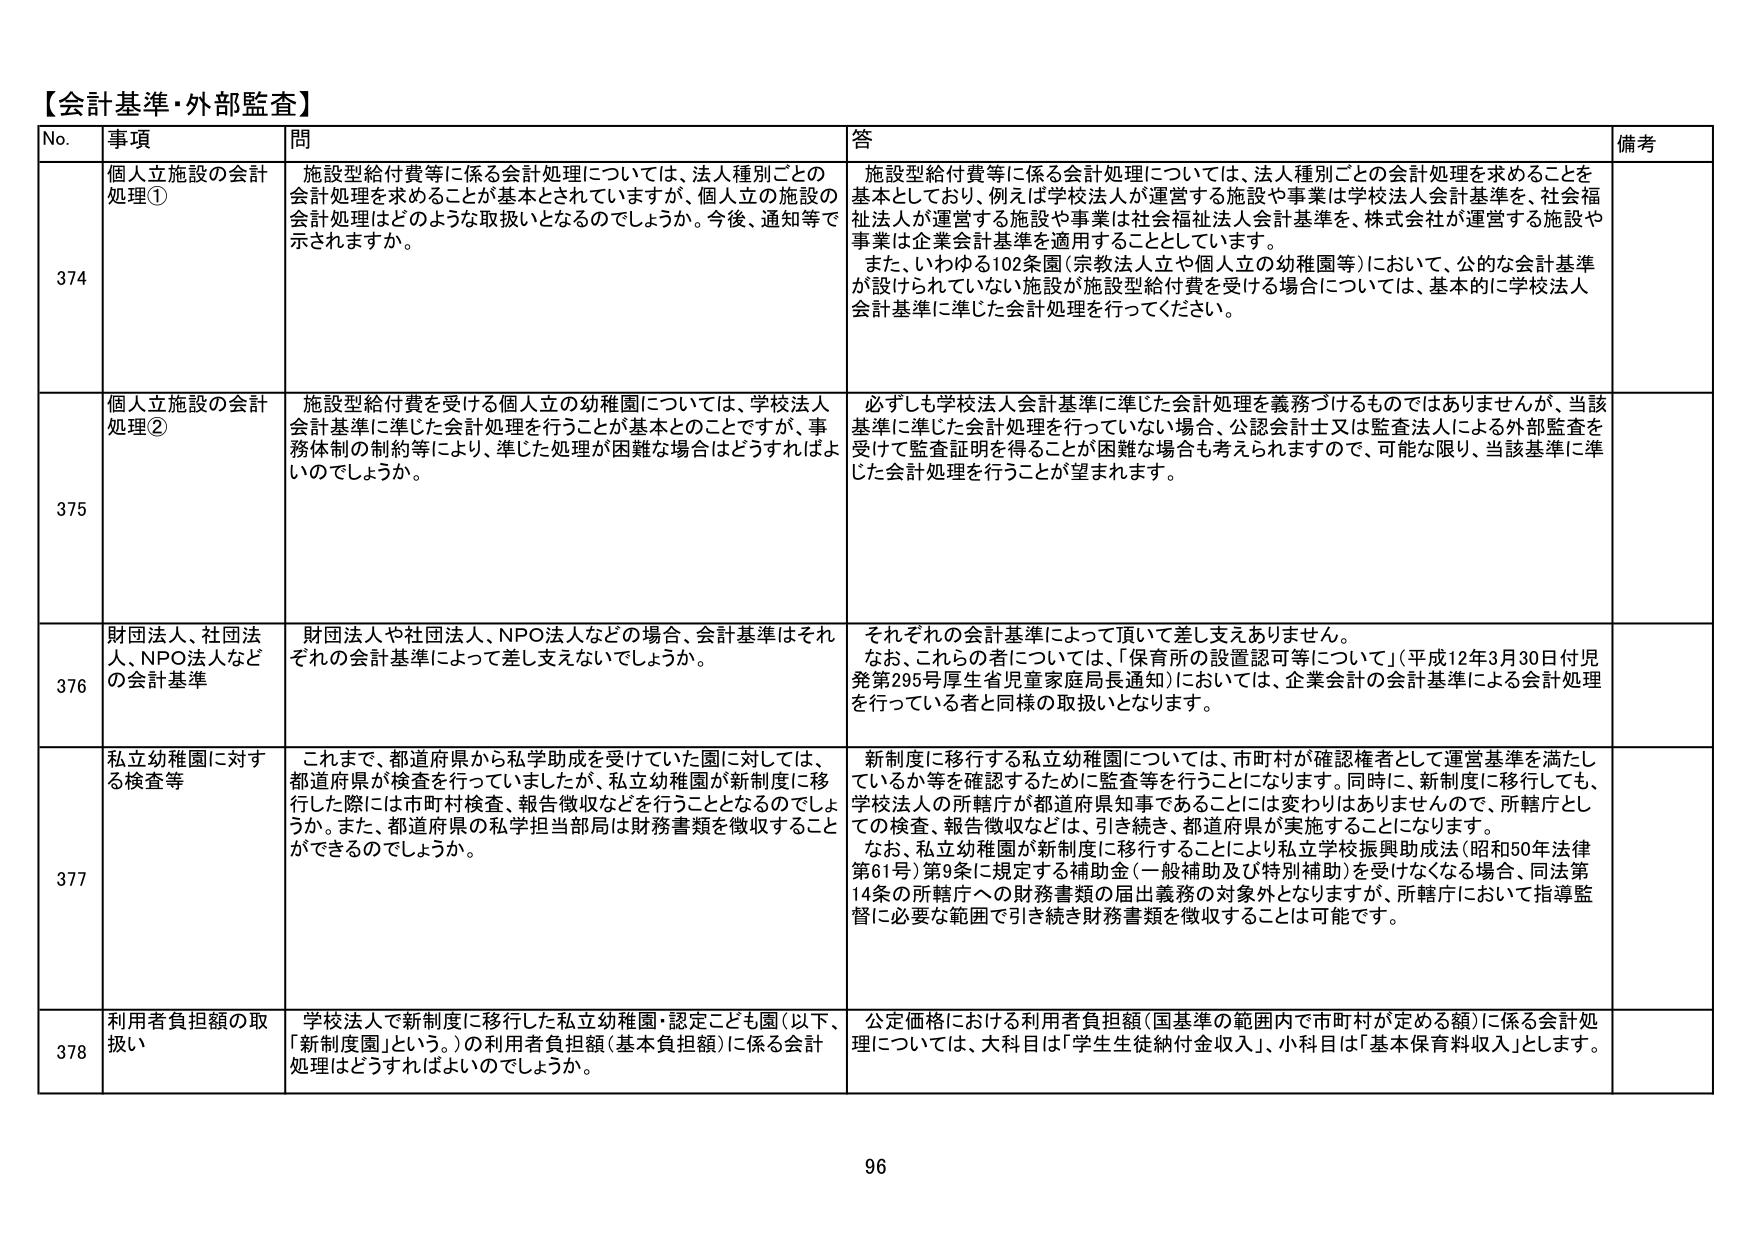
【会計基準・外部監査】

No. 事項 問 答 備考

374 個人立施設の会計処理① 施設型給付費等に係る会計処理については、法人種別ごとの会計処理を求めることが基本とされていますが、個人立の施設の会計処理はどのような取扱いとなるのでしょうか。今後、通知等で示されますか。 施設型給付費等に係る会計処理については、法人種別ごとの会計処理を求めることを基本としており、例えば学校法人が運営する施設や事業は学校法人会計基準を、社会福祉法人が運営する施設や事業は社会福祉法人会計基準を、株式会社が運営する施設や事業は企業会計基準を適用することとしています。 また、いわゆる102条園（宗教法人立や個人立の幼稚園等）において、公的な会計基準が設けられていない施設が施設型給付費を受ける場合については、基本的に学校法人会計基準に準じた会計処理を行ってください。

375 個人立施設の会計処理② 施設型給付費を受ける個人立の幼稚園については、学校法人会計基準に準じた会計処理を行うことが基本とのことですが、事務体制の制約等により、準じた処理が困難な場合はどうすればよいのでしょうか。 必ずしも学校法人会計基準に準じた会計処理を義務づけるものではありませんが、当該基準に準じた会計処理を行っていない場合、公認会計士又は監査法人による外部監査を受けて監査証明を得ることが困難な場合も考えられますので、可能な限り、当該基準に準じた会計処理を行うことが望まれます。

376 財団法人、社団法人、NPO法人などの会計基準 財団法人や社団法人、NPO法人などの場合、会計基準はそれぞれの会計基準によって差し支えないでしょうか。 それぞれの会計基準によって頂いて差し支えありません。 なお、これらの方々については、「保育所の設置認可等について」（平成12年3月30日付児発第295号厚生省児童家庭局長通知）においては、企業会計の会計基準による会計処理を行っている者と同様の取扱いとなります。

377 私立幼稚園に対する検査等 これまで、都道府県から私学助成を受けていた園に対しては、都道府県が検査を行っていましたが、私立幼稚園が新制度に移行した際には市町村検査、報告徴収などを行うこととなるのでしょうか。また、都道府県の私学担当部局は財務書類を徴収することができるのでしょうか。 新制度に移行する私立幼稚園については、市町村が確認権者として運営基準を満たしているか等を確認するために監査等を行うことになります。同時に、新制度に移行しても、学校法人の所轄庁が都道府県知事であることには変わりはありませんので、所轄庁としての検査、報告徴収などは、引き続き、都道府県が実施することになります。 なお、私立幼稚園が新制度に移行することにより私立学校振興助成法（昭和50年法律第61号）第9条に規定する補助金（一般補助及び特別補助）を受けなくなる場合、同法第14条の所轄庁への財務書類の届出義務の対象外となりますが、所轄庁において指導監督に必要な範囲で引き続き財務書類を徴収することは可能です。

378 利用者負担額の取扱い 学校法人で新制度に移行した私立幼稚園・認定こども園（以下、「新制度園」という。）の利用者負担額（基本負担額）に係る会計処理はどうすればよいのでしょうか。 公定価格における利用者負担額（国基準の範囲内で市町村が定める額）に係る会計処理については、大科目は「学生生徒納付金収入」、小科目は「基本保育料収入」とします。

96